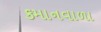
કમાનવાળા